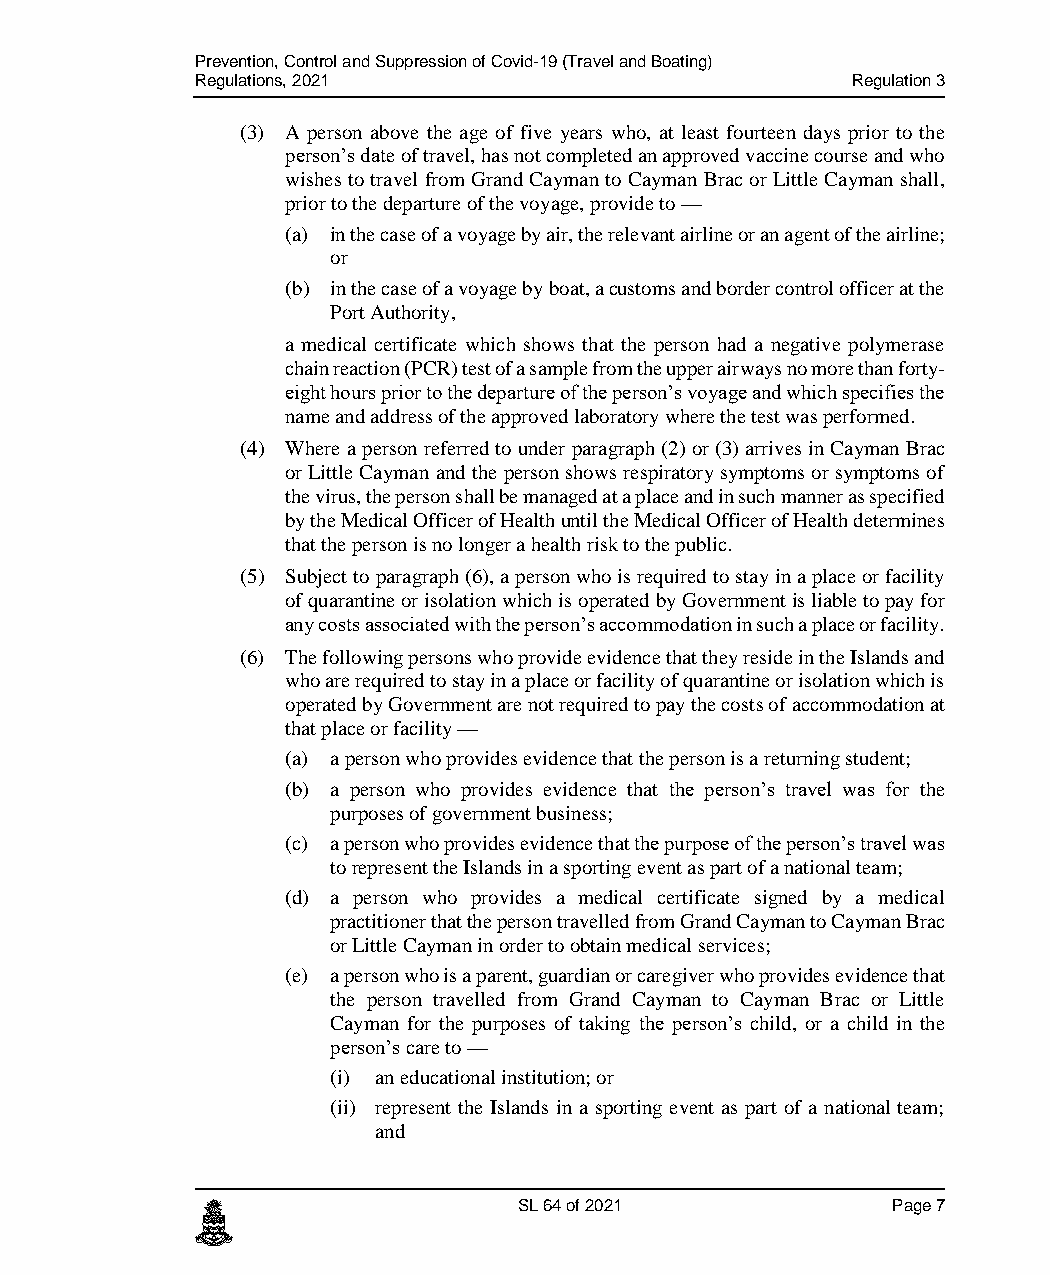
Prevention, Control and Suppression of Covid-19 (Travel and Boating)
 Regulations, 2021                          Regulation 3
 (3) A person above the age of five years who, at least fourteen days prior to the
 person’s date of travel, has not completed an approved vaccine course and who
 wishes to travel from Grand Cayman to Cayman Brac or Little Cayman shall,
 prior to the departure of the voyage, provide to —
 (a) in the case of a voyage by air, the relevant airline or an agent of the airline;
 or
 (b) in the case of a voyage by boat, a customs and border control officer at the
 Port Authority,
 a medical certificate which shows that the person had a negative polymerase
 chain reaction (PCR) test of a sample from the upper airways no more than forty-
 eight hours prior to the departure of the person’s voyage and which specifies the
 name and address of the approved laboratory where the test was performed.
 (4) Where a person referred to under paragraph (2) or (3) arrives in Cayman Brac
 or Little Cayman and the person shows respiratory symptoms or symptoms of
 the virus, the person shall be managed at a place and in such manner as specified
 by the Medical Officer of Health until the Medical Officer of Health determines
 that the person is no longer a health risk to the public.
 (5) Subject to paragraph (6), a person who is required to stay in a place or facility
 of quarantine or isolation which is operated by Government is liable to pay for
 any costs associated with the person’s accommodation in such a place or facility.
 (6) The following persons who provide evidence that they reside in the Islands and
 who are required to stay in a place or facility of quarantine or isolation which is
 operated by Government are not required to pay the costs of accommodation at
 that place or facility —
 (a) a person who provides evidence that the person is a returning student;
 (b) a person who provides evidence that the person’s travel was for the
 purposes of government business;
 (c) a person who provides evidence that the purpose of the person’s travel was
 to represent the Islands in a sporting event as part of a national team;
 (d) a person who provides a medical certificate signed by a medical
 practitioner that the person travelled from Grand Cayman to Cayman Brac
 or Little Cayman in order to obtain medical services;
 (e) a person who is a parent, guardian or caregiver who provides evidence that
 the person travelled from Grand Cayman to Cayman Brac or Little
 Cayman for the purposes of taking the person’s child, or a child in the
 person’s care to —
 (i) an educational institution; or
 (ii) represent the Islands in a sporting event as part of a national team;
 and
 c                    SL 64 of 2021            Page 7